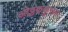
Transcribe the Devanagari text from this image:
ओट्टककूत्तन